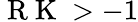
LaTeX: \mathrm{~R~K~}>-1